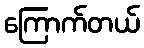
ကြောက်တယ်